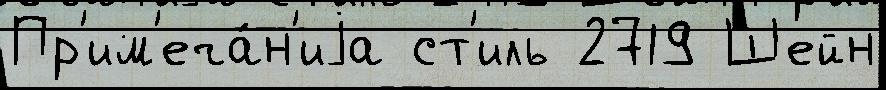
Пр'им'еча́н'иjа ст'иль 2719 Шейн